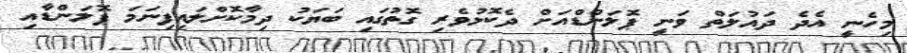
މިހެނީ އެދެ ދައުލަތް ވަނީ ޕޮލަންޑްއަށް ދެކޮޅުވެރި ގޮތުގައި ބަޔަކު ދިމާކޮށްލައިފިނަމަ ޕޮލަންޑާއި